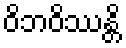
ဝိဘဝိဿန္တိ